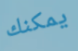
يمكنك